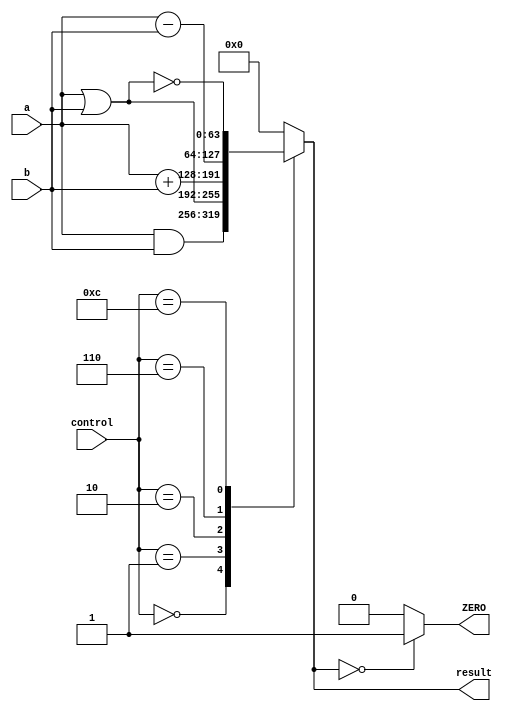
`timescale 1ns / 1ps

module ALU_64_bit(
 input [63:0] a,
 input [63:0] b, 
 input [3:0] control,
 output reg [63:0] result,
 output ZERO
 );
 
 always @ (*)
 begin
 case (control)
 4'b0000: result = a & b;
 4'b0001: result = a | b;
 4'b0010: result = a + b;
 4'b0110: result = a - b;
 4'b1100: result = ~(a | b); 
 default:
 result = 0;
 endcase
 end
 assign ZERO = ( result == 64'b0) ? 1'b1 : 1'b0;
endmodule